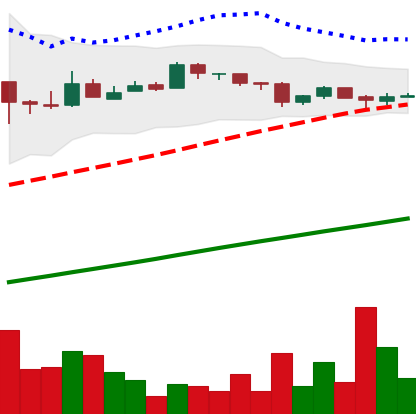
Ticker: BTC-USD
Chart end date: 2016-07-28
Forward return: -16.422%
Label: down_7plus